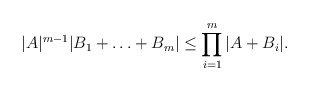
\begin{align*}|A|^{m-1}|B_1+\ldots +B_m| \le \prod_{i=1}^m|A + B_i|.\end{align*}